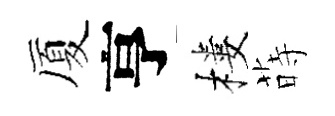
厦亨樓蒔